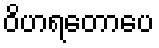
ဝိဟရတောပေ